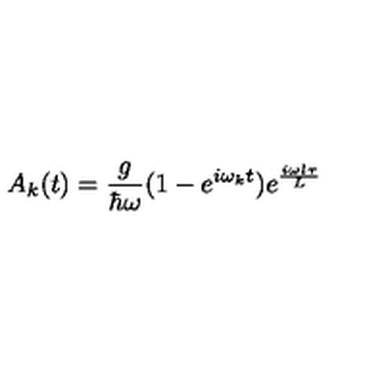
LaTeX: A _ { k } ( t ) = \frac { g } { \hbar \omega } ( 1 - e ^ { i \omega _ { k } t } ) e ^ { \frac { i \omega l \tau } { L } }